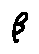
\beta